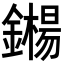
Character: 𬬍